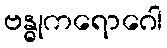
ဗန္ဓုကရောဂေါ